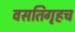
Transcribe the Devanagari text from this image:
वसतिगृहच